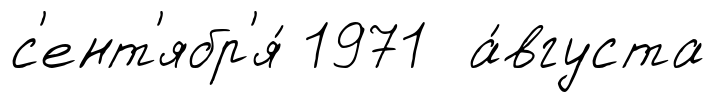
с'ент'ябр'я́ 1971 а́вгуста